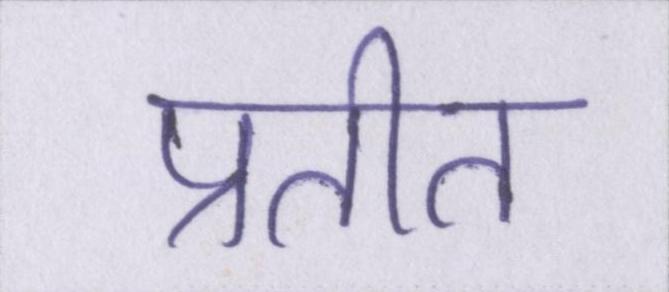
प्रतीत